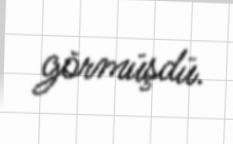
görmüşdü.